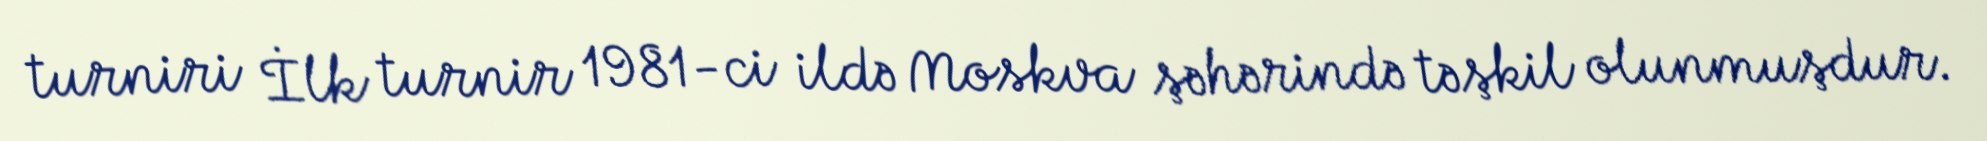
turniri İlk turnir 1981-ci ildə Moskva şəhərində təşkil olunmuşdur.